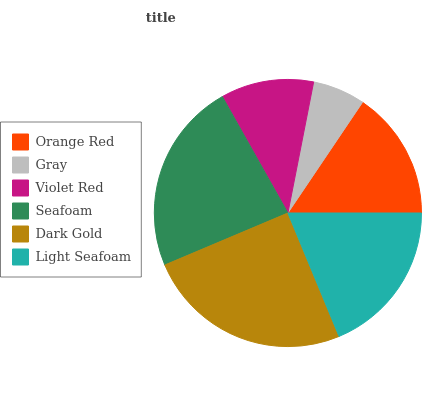
| Orange Red | Gray | Violet Red | Seafoam | Dark Gold | Light Seafoam |
 | --- | --- | --- | --- | --- | --- |
 | 15.6% | 6.35% | 11.3% | 23.2% | 24.8% | 18.8% |